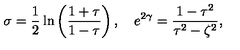
\sigma = \frac { 1 } { 2 } \ln \left( \frac { 1 + \tau } { 1 - \tau } \right) , \quad e ^ { 2 \gamma } = \frac { 1 - \tau ^ { 2 } } { \tau ^ { 2 } - \zeta ^ { 2 } } ,